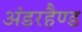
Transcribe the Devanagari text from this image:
अंडरहैण्ड